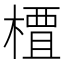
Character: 𫞍